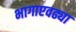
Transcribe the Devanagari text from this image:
भागाएवढ्या